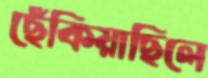
ছেঁকিয়াছিলে